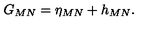
G _ { M N } = \eta _ { M N } + h _ { M N } .